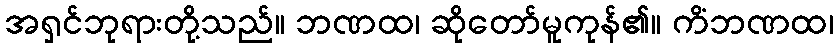
အရှင်ဘုရားတို့သည်။ ဘဏထ၊ ဆိုတော်မူကုန်၏။ ကိံဘဏထ၊